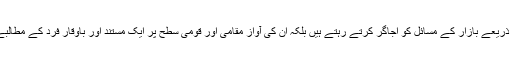
وہ نہ صرف میڈیا کے ذریعے بازار کے مسائل کو اُجاگر کرتے رہتے ہیں بلکہ ان کی آواز مقامی اور قومی سطح پر ایک مستند اور باوقار فرد کے مطالبے کا درجہ رکھتی ہے۔